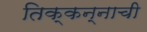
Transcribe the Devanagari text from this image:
तिक्कन्नाची